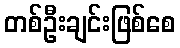
တစ်ဦးချင်းဖြစ်စေ